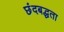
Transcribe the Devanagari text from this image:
छंदबद्धता